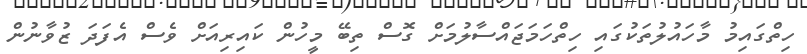
ހިތްގައިމު މާހައުލުތަކުގައި ހިތްހަމަޖައްސާލުމަށް ގޮސް ތިބޭ މީހުން ކައިރިއަށް ވެސް އެފަދަ ޒުވާނުން